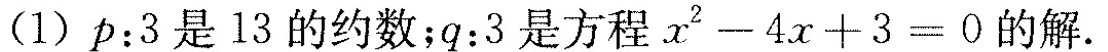
(1)$$p ： 3$$是13的约数；$$q : 3$$是方程$$x ^ { 2 } - 4 x + 3 = 0$$的解。